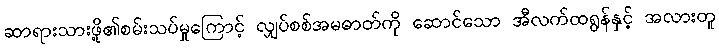
ဆာရားသားဖို့၏စမ်းသပ်မှုကြောင့် လျှပ်စစ်အမဓာတ်ကို ဆောင်သော အီလက်ထရွန်နှင့် အလားတူ